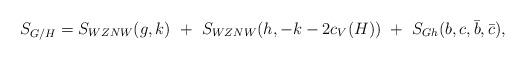
LaTeX: \begin{align*}S_{G/H}=S_{WZNW}(g,k)~+~S_{WZNW}(h,-k-2c_V(H))~+~S_{Gh}(b,c,\bar b,\bar c),\end{align*}